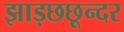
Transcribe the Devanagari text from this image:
झाड़छछून्दर